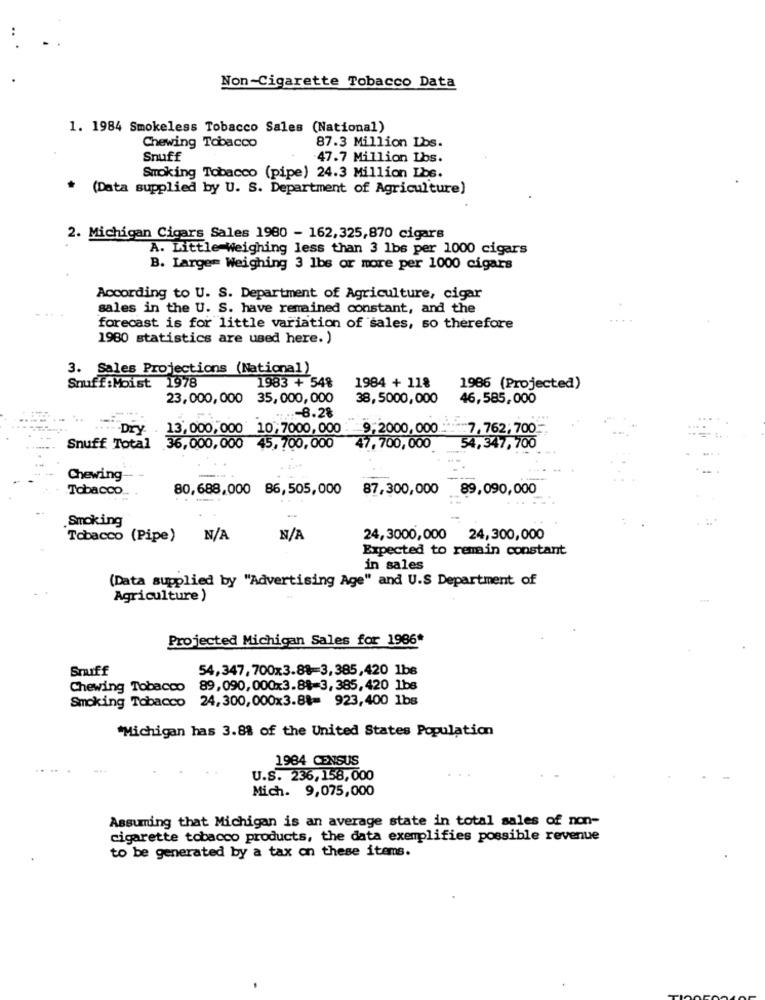
Non-Cigarette Tobacco Data
1. 1984 Smokeless Tobacco Sales (National)
Chewing Tobacco
87.3 Million Lbs.
Snuff
-47.7 Million Lbs.
Smoking Tobacco (pipe) 24.3 Million Lbs.
* (Data supplied by U. S. Department of Agriculture)
2. Michigan Cigars Sales 1980 - 162,325,870 cigars
A. Little Weighing less than 3 1bs per 1000 cigars
B. Large= Weighing 3 lbs or more per 1000 cigars
According to U. S. Department of Agriculture, cigar
sales in the U. S. have remained constant, and the
forecast is for little variation of sales, so therefore
1980 statistics are used here. )
3. Sales Projections (National)
Snuff:Moist 1978
1983 + 54%
1984 + 118
1986 (Projected)
23,000,000
35, 000, 000
38,5000,000
46, 585,000
.8.28
Dry.
13,000, 000 10; 7000, 000
9,2000,000 .
7,762;700
Snuff Total 36,000,000 45, 700,000
47,700,000
54,347,700
Chewing
Tobacco
80,688,000 86,505,000
87,300,000
89,090,000
.Smoking
Tobacco (Pipe)
24,3000,000 24,300,000
Expected to remain constant
in sales
(Data supplied by "Advertising Age" and U.S Department of
Agriculture )
Projected Michigan Sales for 1986*
Snuff
54,347, 700x3.8%=3,385,420 1bs
Chewing Tobacco
89,090, 000x3.88-3, 385, 420 1bs
Smoking Tobacco 24, 300, 000x3.8%= 923,400 1bs
"Michigan has 3.8% of the United States Population
1984 CENSUS
U.S. 236,158,000
Mich. 9,075,000
Assuming that Michigan is an average state in total sales of non-
cigarette tobacco products, the data exemplifies possible revenue
to be generated by a tax on these items.